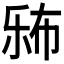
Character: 𱜨